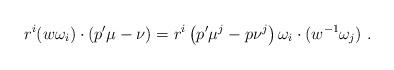
LaTeX: \begin{align*}r^i(w\omega_i)\cdot\left(p'\mu-\nu\right)=r^i\left(p'\mu^j-p\nu^j\right)\omega_i\cdot (w^{-1}\omega_j)\ . \end{align*}